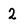
Character: 2